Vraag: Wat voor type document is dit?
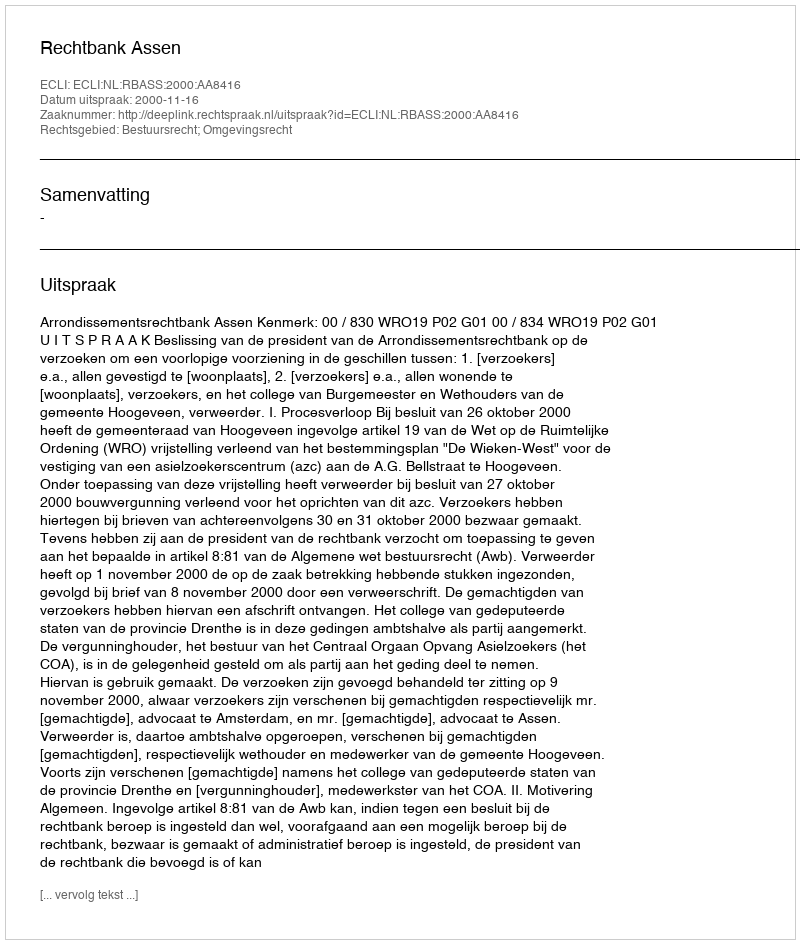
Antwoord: Uitspraak